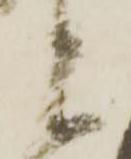
と